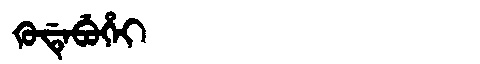
Manchu: ᡴᡠᡩᡝᠪᡠᡥᡝᡳ
Romanization: KUDEBUHEI